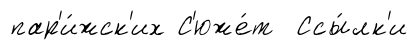
пар'и́жск'их С'юже́т Ссы́лк'и